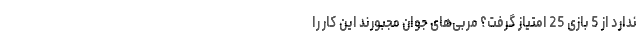
ندارد از 5 بازی 25 امتیاز گرفت؟ مربی‌های جوان مجبورند این کار را